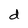
Character: d